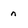
Character: n